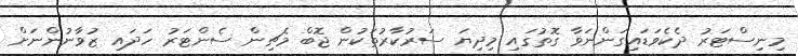
މިނިސްޓަރު ދެކެވަޑައިގަންނަވާ ގޮތުގައި މިދިޔަ ސަރުކާރުތަކުން ޖޮބް މެޗިން ސެންޓަރު ހަދައި ޒުވާނުންނަށް